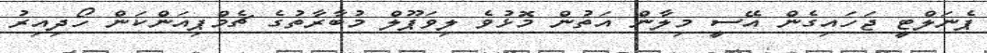
ޕެނަލްޓީ ޖަހައިގެން އޭސީ މިލާން އަތުން މޮޅުވެ ލިވަޕޫލް މުބާރާތުގެ ޗެމްޕިއަންކަން ހޯދިއިރު